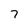
Character: 7